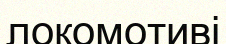
локомотиві